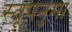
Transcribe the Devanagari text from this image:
स्तूपनुमा